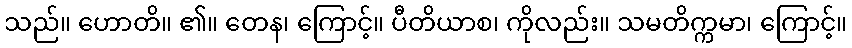
သည်။ ဟောတိ။ ၏။ တေန၊ ကြောင့်။ ပီတိယာစ၊ ကိုလည်း။ သမတိက္ကမာ၊ ကြောင့်။